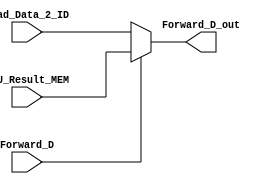
// Forward_D_mux is the mux for ID Branch Forwarding


module Forward_D_mux(
		input [31:0]  Read_Data_2_ID,
		input [31:0]  ALU_Result_MEM,
		input			  Forward_D,
		output [31:0] Forward_D_out
);

assign Forward_D_out = Forward_D ? ALU_Result_MEM : Read_Data_2_ID;

endmodule